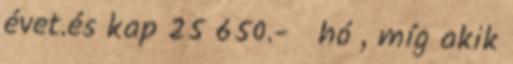
évet.és kap 25 650.- hó , míg akik